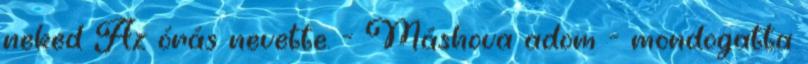
neked Az órás nevette. - Máshova adom - mondogatta